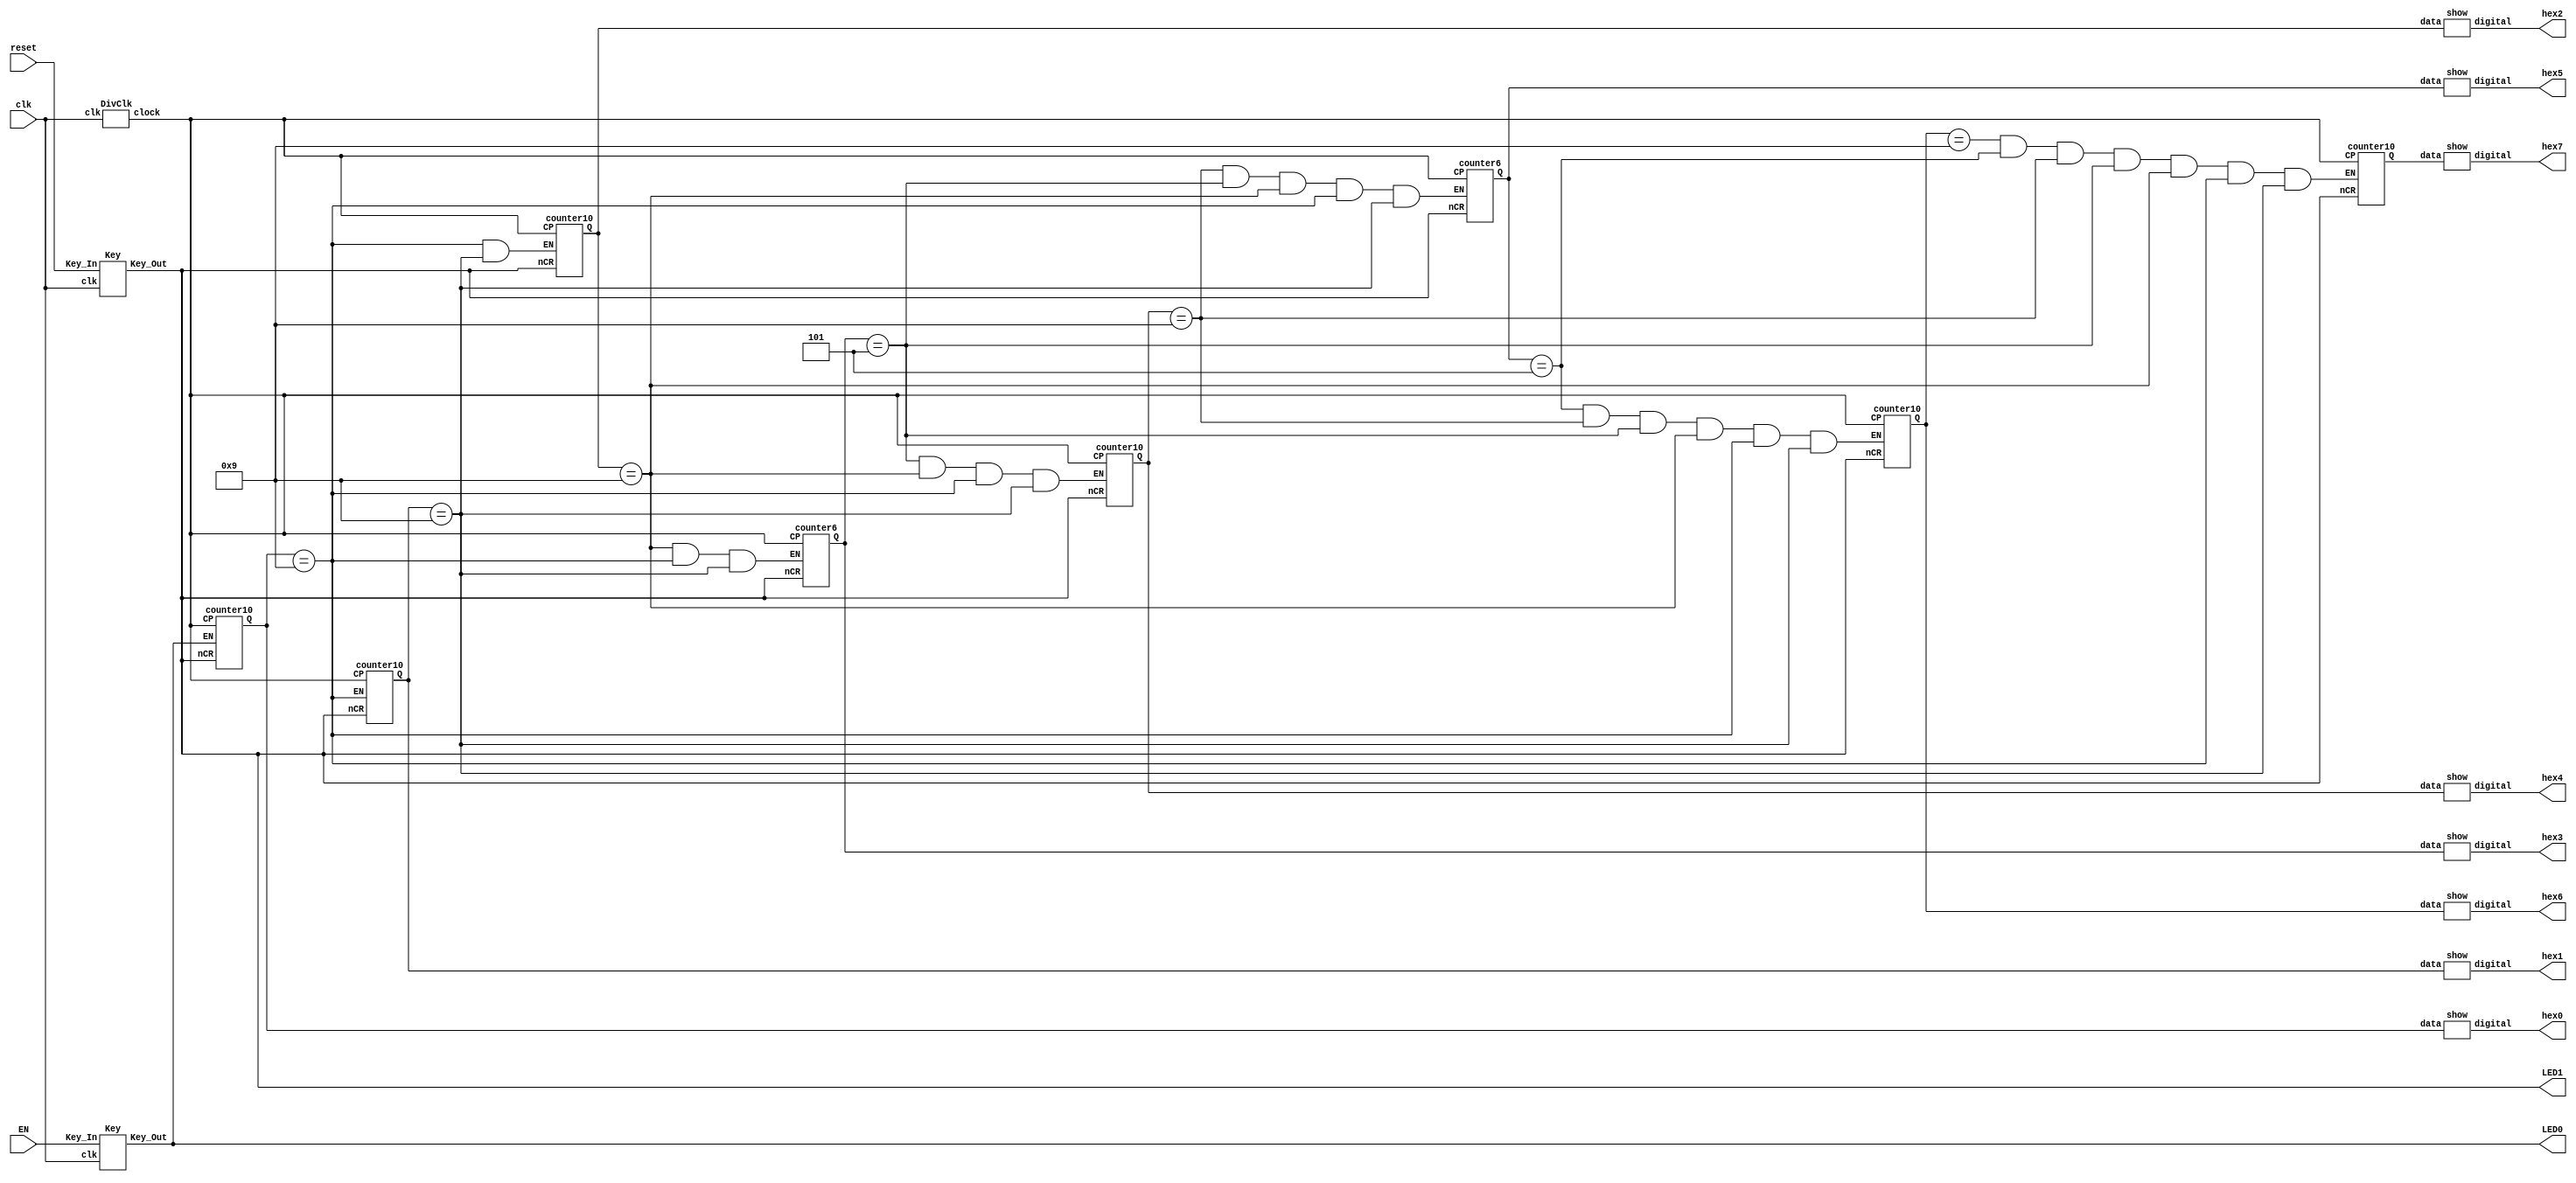
//multifunctional stopwatch
//designed by XiaoNing(7130309008)
//May,2015

module clock(
	input clk,reset,EN,
	output wire[6:0] hex0,hex1,hex2,hex3,hex4,hex5,hex6,hex7,
	output LED0,LED1
);

wire[3:0] MsecL,MsecH,SecL,SecH,MinL,MinH,HouL,HouH;
wire MsecL_EN,MsecH_EN,SecL_EN,SecH_EN,MinL_EN,MinH_EN,HouL_EN,HouH_EN;
wire clock;
wire Key_reset,Key_EN;


/***************************************************/
/***************************************************/

DivClk S(.clk(clk),.clock(clock));

assign LED0=Key_EN;
assign LED1=Key_reset;
Key M1(.clk(clk),.Key_In(reset),.Key_Out(Key_reset));
Key M2(.clk(clk),.Key_In(EN),.Key_Out(Key_EN));


assign Key_reset_now=Key_reset;
assign Key_EN_now=Key_EN;
/***************************************************/
/***************************************************/
//COUNTER
//m_second
assign MsecL_EN=Key_EN;
assign MsecH_EN=(MsecL==4'h9);
counter10 U1(.Q(MsecL),.CP(clock),.nCR(Key_reset),.EN(MsecL_EN));
counter10 U2(.Q(MsecH),.CP(clock),.nCR(Key_reset),.EN(MsecH_EN));
//second
assign SecL_EN=(MsecL==4'h9&&MsecH==4'h9);
assign SecH_EN=(SecL==4'h9&&MsecL==4'h9&&MsecH==4'h9);
counter10 U3(.Q(SecL),.CP(clock),.nCR(Key_reset),.EN(SecL_EN));
counter6  U4(.Q(SecH),.CP(clock),.nCR(Key_reset),.EN(SecH_EN));
//minute
assign MinL_EN=(SecH==4'h5&&SecL==4'h9&&MsecL==4'h9&&MsecH==4'h9);
assign MinH_EN=(MinL==4'h9&&SecH==4'h5&&SecL==4'h9&&MsecL==4'h9&&MsecH==4'h9);
counter10 U5(.Q(MinL),.CP(clock),.nCR(Key_reset),.EN(MinL_EN));
counter6  U6(.Q(MinH),.CP(clock),.nCR(Key_reset),.EN(MinH_EN));
//hour
assign HouL_EN=(MinH==4'h5&&MinL==4'h9&&SecH==4'h5&&SecL==4'h9&&MsecL==4'h9&&MsecH==4'h9);
assign HouH_EN=(HouL==4'h9&&MinH==4'h5&&MinL==4'h9&&SecH==4'h5&&SecL==4'h9&&MsecL==4'h9&&MsecH==4'h9);
counter10 U7(.Q(HouL),.CP(clock),.nCR(Key_reset),.EN(HouL_EN));
counter10 U8(.Q(HouH),.CP(clock),.nCR(Key_reset),.EN(HouH_EN));
/***************************************************/
/***************************************************/
//SHOW
//m_sec
show S1(.data(MsecL),.digital(hex0));
show S2(.data(MsecH),.digital(hex1));
//second
show S3(.data(SecL),.digital(hex2));
show S4(.data(SecH),.digital(hex3));
//minute
show S5(.data(MinL),.digital(hex4));
show S6(.data(MinH),.digital(hex5));
//hour
show S7(.data(HouL),.digital(hex6));
show S8(.data(HouH),.digital(hex7));

endmodule


//the counter of 10
module counter10(
	input CP,nCR,EN,
	output reg[3:0]Q
);
always@(posedge CP,negedge nCR)
begin
	if(~nCR) 					Q<=4'b0000;
	else if(~EN)  				Q<=Q;
	else if(Q==4'b1001)		Q<=4'b0000;
	else							Q<=Q+1'b1;
end
endmodule

//the counter of 6
module counter6(
	input CP,nCR,EN,
	output reg[3:0]Q
);
always@(posedge CP,negedge nCR)
begin
	if(~nCR) 					Q<=4'b0000;
	else if(~EN)  				Q<=Q;
	else if(Q==4'b0101) 		Q<=4'b0000;
	else							Q<=Q+1'b1;
end
endmodule

//the module of show number
module show(
		input[3:0] data,
		output reg[6:0] digital
);

always@(*)
	case(data)
		4'b0000:digital<=7'b1000000;
		4'b0001:digital<=7'b1111001;
		4'b0010:digital<=7'b0100100;
		4'b0011:digital<=7'b0110000;
		4'b0100:digital<=7'b0011001;
		4'b0101:digital<=7'b0010010;
		4'b0110:digital<=7'b0000010;
		4'b0111:digital<=7'b1111000;
		4'b1000:digital<=7'b0000000;
		4'b1001:digital<=7'b0010000;
		default:digital<=7'b1111111;
	endcase
endmodule

//the clock of count
module DivClk(
	input clk,
	output reg clock
);

reg[18:0] count;

always@(posedge clk)
begin 
	if(count[18]==1'b1)
		begin
		clock<=1'b1;
		count<=count+1'b1;
		end
	else 
		begin
		clock<=1'b0;
		count<=count+1'b1;
		end
end
endmodule

module Key(
	input clk,
	input Key_In,
	output reg Key_Out
);

/*always@(posedge clk)
begin
	if(~Key_In) Key_Out<=~Key_Out;
	else			Key_Out<=Key_Out;
end
endmodule*/

reg[20:0] count;
reg flag;

always@(posedge clk)
begin
	if(~Key_In)	
		begin
		if(~flag)
			begin
			flag<=1'b1;
			count<=21'b0;
			end
		else if(count[20]==1'b1)
			begin
			Key_Out<=~Key_Out;
			count<=21'b0;		
			flag<=1'b0;
			end
		else
			begin
			Key_Out<=Key_Out;
			count<=count+1'b1;
			end
		end
	else 
		begin
		if(count[20]==1'b1) 
			begin
			if(flag)	flag<=1'b0;
			count<=21'b0;
			Key_Out<=Key_Out;
			end
		else
			begin
			Key_Out<=Key_Out;
			count<=count+1'b1;
			end
		end
end
endmodule